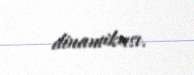
dinamikası.